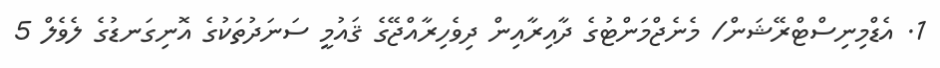
1. އެޑްމިނިސްޓްރޭޝަން/ މެނެޖްމަންޓުގެ ދާއިރާއިން ދިވެހިރާއްޖޭގެ ޤައުމީ ސަނަދުތަކުގެ އޮނިގަނޑުގެ ލެވެލް 5